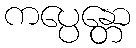
ကပ္ပေန္တော